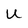
Character: U